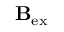
\mathbf { B } _ { \mathrm { e x } }